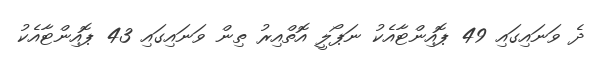
ދެ ވަނައިގައި 49 ޕޮއިންޓާއެކު ނަޕޯލީ އޮތްއިރު ތިން ވަނައިގައި 43 ޕޮއިންޓާއެކު